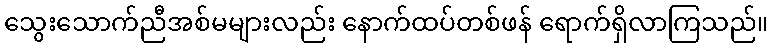
သွေးသောက်ညီအစ်မများလည်း နောက်ထပ်တစ်ဖန် ရောက်ရှိလာကြသည်။